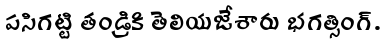
పసిగట్టి తండ్రికి తెలియజేశారు భగత్సింగ్.